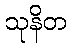
သုနိတ